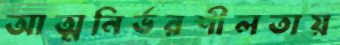
আত্মনির্ভরশীলতায়